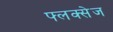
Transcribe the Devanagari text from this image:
फ्लक्‍सेज